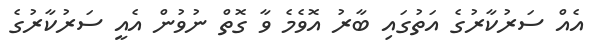
އެއް ސަރުކާރުގެ އަތުގައި ބާރު އޮވެމެ ވާ ގޮތް ނުވުން އެއީ ސަރުކާރުގެ